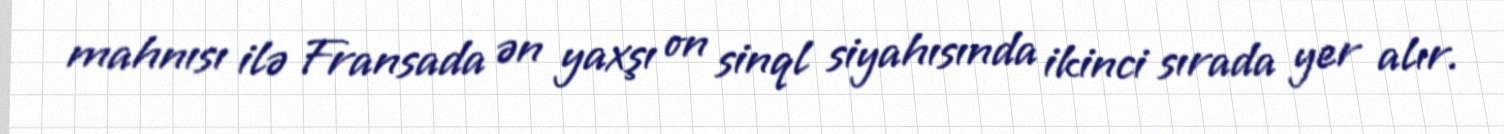
mahnısı ilə Fransada ən yaxşı on sinql siyahısında ikinci sırada yer alır.